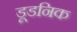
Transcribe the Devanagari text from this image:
डूडनिक